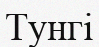
Тунгі